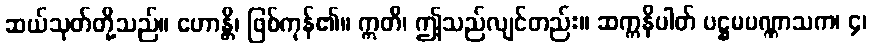
ဆယ်သုတ်တို့သည်။ ဟောန္တိ၊ ဖြစ်ကုန်၏။ ဣတိ၊ ဤသည်လျင်တည်း။ ဆက္ကနိပါတ် ပဋ္ဌမပဏ္ဏာသက၊ ၄၊